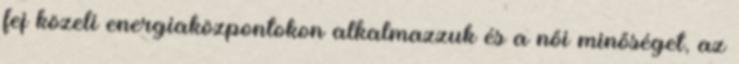
fej közeli energiaközpontokon alkalmazzuk és a női minőséget, az